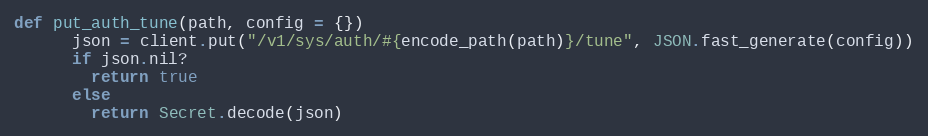
Language: Ruby
def put_auth_tune(path, config = {})
      json = client.put("/v1/sys/auth/#{encode_path(path)}/tune", JSON.fast_generate(config))
      if json.nil?
        return true
      else
        return Secret.decode(json)